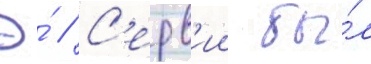
Э́ // С'ерв'ии бы́л